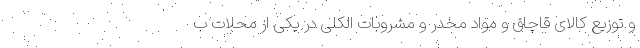
و توزیع کالای قاچاق و مواد مخدر و مشروبات الکلی در یکی از محلات ب